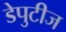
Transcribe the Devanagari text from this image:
डेपुटीज